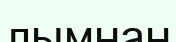
лымнан